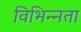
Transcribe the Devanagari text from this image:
विभिन्‍नता